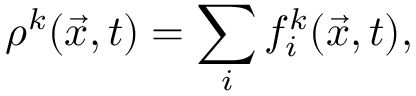
\rho ^ { k } ( \vec { x } , t ) = \sum _ { i } f _ { i } ^ { k } ( \vec { x } , t ) ,